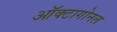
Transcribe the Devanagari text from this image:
ऑक्टागोनल